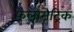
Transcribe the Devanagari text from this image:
फेलोमेट्रिक